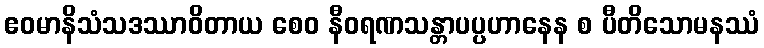
ဧဝမာနိသံသဒဿာဝိတာယ စေဝ နီဝရဏသန္တာပပ္ပဟာနေန စ ပီတိသောမနဿံ